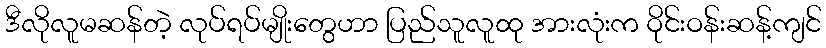
ဒီလိုလူမဆန်တဲ့ လုပ်ရပ်မျိုးတွေဟာ ပြည်သူလူထု အားလုံးက ဝိုင်းဝန်းဆန့်ကျင်